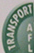
TRANSPORT